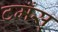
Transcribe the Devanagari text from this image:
टमँस्